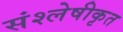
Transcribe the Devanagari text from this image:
संश्लेषीकृत